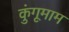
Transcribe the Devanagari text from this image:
कुंगूमाम